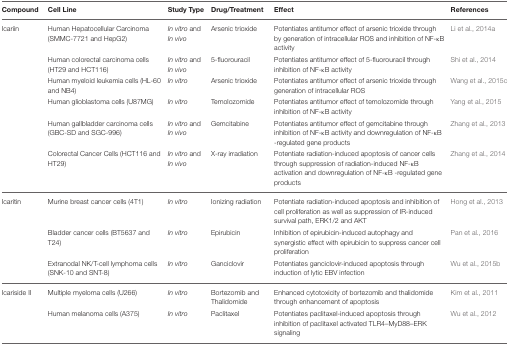
<table><thead><tr><td><b>Compound</b></td><td><b>Cell Line</b></td><td><b>Study Type</b></td><td><b>Drug/Treatment</b></td><td><b>Effect</b></td><td><b>References</b></td></tr></thead><tbody><tr><td>Icariin</td><td>Human Hepatocellular Carcinoma (SMMC-7721 and HepG2)</td><td><i>In vitro</i> and <i>In vivo</i></td><td>Arsenic trioxide</td><td>Potentiates antitumor effect of arsenic trioxide through by generation of intracellular ROS and inhibition of NF-κB activity</td><td>Li et al., 2014a</td></tr><tr><td></td><td>Human colorectal carcinoma cells (HT29 and HCT116)</td><td><i>In vitro</i> and <i>In vivo</i></td><td>5-fluorouracil</td><td>Potentiates antitumor effect of 5-fluorouracil through inhibition of NF-κB activity</td><td>Shi et al., 2014</td></tr><tr><td></td><td>Human myeloid leukemia cells (HL-60 and NB4)</td><td><i>In vitro</i></td><td>Arsenic trioxide</td><td>Potentiates antitumor effect of arsenic trioxide through generation of intracellular ROS</td><td>Wang et al., 2015c</td></tr><tr><td></td><td>Human glioblastoma cells (U87MG)</td><td><i>In vitro</i></td><td>Temolozomide</td><td>Potentiates antitumor effect of temolozomide through inhibition of NF-κB activity</td><td>Yang et al., 2015</td></tr><tr><td></td><td>Human gallbladder carcinoma cells (GBC-SD and SGC-996)</td><td><i>In vitro</i> and <i>In vivo</i></td><td>Gemcitabine</td><td>Potentiates antitumor effect of gemcitabine through inhibition of NF-κB activity and downregulation of NF-κB -regulated gene products</td><td>Zhang et al., 2013</td></tr><tr><td></td><td>Colorectal Cancer Cells (HCT116 and HT29)</td><td><i>In vitro</i> and <i>In vivo</i></td><td>X-ray irradiation</td><td>Potentiate radiation-induced apoptosis of cancer cells through suppression of radiation-induced NF-κB activation and downregulation of NF-κB -regulated gene products</td><td>Zhang et al., 2014</td></tr><tr><td>Icaritin</td><td>Murine breast cancer cells (4T1)</td><td><i>In vitro</i></td><td>Ionizing radiation</td><td>Potentiate radiation-induced apoptosis and inhibition of cell proliferation as well as suppression of IR-induced survival path, ERK1/2 and AKT</td><td>Hong et al., 2013</td></tr><tr><td></td><td>Bladder cancer cells (BT5637 and T24)</td><td><i>In vitro</i></td><td>Epirubicin</td><td>Inhibition of epirubicin-induced autophagy and synergistic effect with epirubicin to suppress cancer cell proliferation</td><td>Pan et al., 2016</td></tr><tr><td></td><td>Extranodal NK/T-cell lymphoma cells (SNK-10 and SNT-8)</td><td><i>In vitro</i></td><td>Ganciclovir</td><td>Potentiates ganciclovir-induced apoptosis through induction of lytic EBV infection</td><td>Wu et al., 2015b</td></tr><tr><td>Icariside II</td><td>Multiple myeloma cells (U266)</td><td><i>In vitro</i></td><td>Bortezomib and Thalidomide</td><td>Enhanced cytotoxicity of bortezomib and thalidomide through enhancement of apoptosis</td><td>Kim et al., 2011</td></tr><tr><td></td><td>Human melanoma cells (A375)</td><td><i>In vitro</i></td><td>Paclitaxel</td><td>Potentiates paclitaxel-induced apoptosis through inhibition of paclitaxel activated TLR4–MyD88–ERK signaling</td><td>Wu et al., 2012</td></tr></tbody></table>